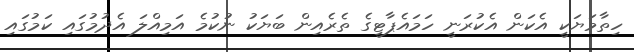
ހިތާމަޔަކީ އެކަން އެކުރަނީ ހަމައެޕާޓީގެ ތެރެއިން ބަޔަކު ނުކުމެ އަމިއްލަ އެދުމުގައި ކަމުގައި